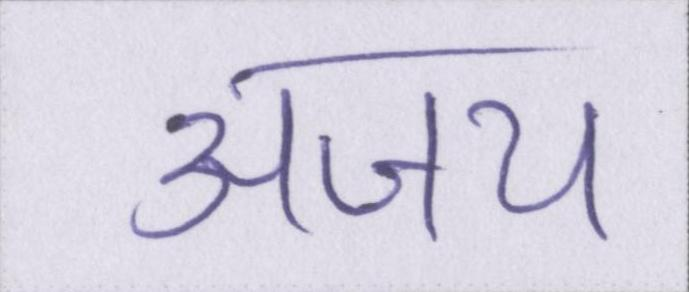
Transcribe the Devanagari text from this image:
अजय